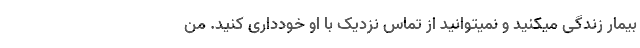
بیمار زندگی میکنید و نمیتوانید از تماس نزدیک با او خودداری کنید. من